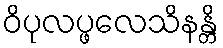
ဝိပုလပ္ဖလေသိနန္တိ